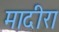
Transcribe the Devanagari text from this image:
मादीरा